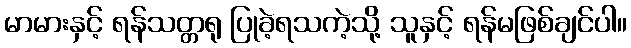
မာမားနှင့် ရန်သတ္တရု ပြုခဲ့ရသကဲ့သို့ သူနှင့် ရန်မဖြစ်ချင်ပါ။